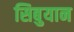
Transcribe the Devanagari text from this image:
सिबुयान